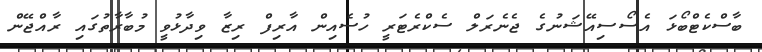
ބާސްކެޓްބޯޅަ އެސޯސިއޭޝަނުގެ ޖެނެރަލް ސެކްރެޓަރީ ހުސެއިން އާރިފް ރިޒާ ވިދާޅުވީ މުބާރާތުގައި ރާއްޖޭން